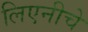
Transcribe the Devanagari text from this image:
लिएनीचे